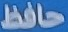
حافظ